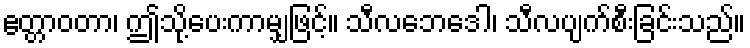
ဧတ္တာဝတာ၊ ဤသို့ပေးကာမျှဖြင့်။ သီလဘေဒေါ၊ သီလပျက်စီးခြင်းသည်။